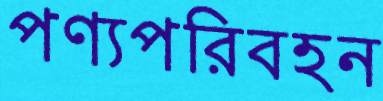
পণ্যপরিবহন